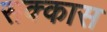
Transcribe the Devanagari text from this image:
सक्कास